Report on sanitation, dispensaries, and jails in Rajputana for 1912, and on vaccination for the year 1912-1913 - 1912-1913
Year: 1912
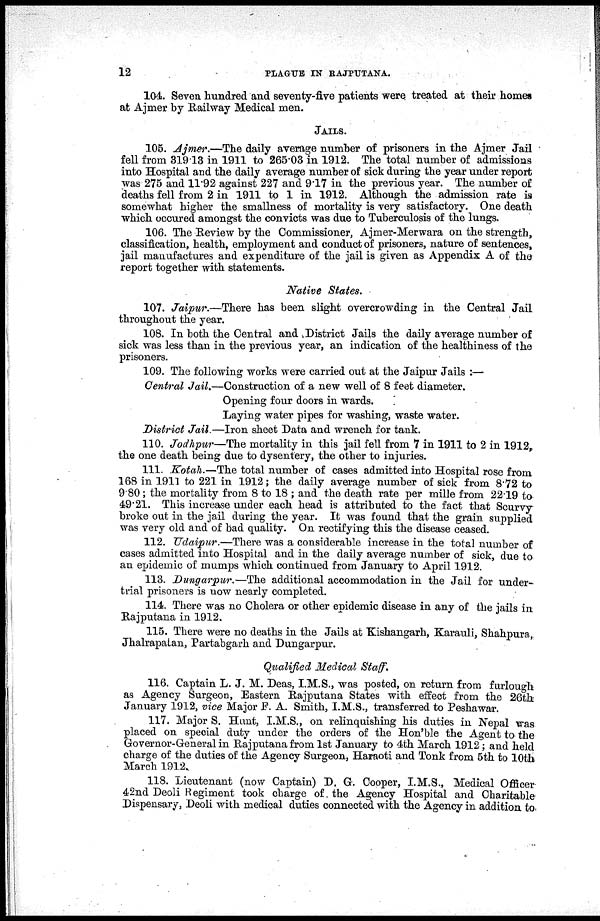
12
PLAGUE IN RAJPUTANA.
104. Seven hundred and seventy-five patients were treated at their homes
at Ajmer by Railway Medical men.
JAILS.
105. Ajmer.—The daily average number of prisoners in the Ajmer Jail
fell from 319.13 in 1911 to 265.03 in 1912. The total number of admissions
into Hospital and the daily average number of sick during the year under report
was 275 and 11.92 against 227 and 9.17 in the previous year. The number of
deaths fell from 2 in 1911 to 1 in 1912. Although the admission rate is
somewhat higher the smallness of mortality is very satisfactory. One death
which occured amongst the convicts was due to Tuberculosis of the lungs.
106. The Review by the Commissioner, Ajmer-Merwara on the strength,
classification, health, employment and conduct of prisoners, nature of sentences,
jail manufactures and expenditure of the jail is given as Appendix A of the
report together with statements.
Native States.
107. Jaipur.—There has been slight overcrowding in the Central Jail
throughout the year.
108. In both the Central and District Jails the daily average number of
sick was less than in the previous year, an indication of the healthiness of the
prisoners.
109. The following works were carried out at the Jaipur Jails :—
Central Jail.—Construction of a new well of 8 feet diameter.
Opening four doors in wards.
Laying water pipes for washing, waste water.
District Jail.—Iron sheet Data and wrench for tank.
110. Jodhpur—The mortality in this jail fell from 7 in 1911 to 2 in 1912,
the one death being due to dysentery, the other to injuries.
111. Kotah.—The total number of cases admitted into Hospital rose from
168 in 1911 to 221 in 1912; the daily average number of sick from 8.72 to
9.80; the mortality from 8 to 18 ; and the death rate per mille from 22.19 to
49.21. This increase under each head is attributed to the fact that Scurvy
broke out in the jail during the year. It was found that the grain supplied
was very old and of bad quality. On rectifying this the disease ceased.
112. Udaipur.—There was a considerable increase in the total number of
cases admitted into Hospital and in the daily average number of sick, due to
an epidemic of mumps which continued from January to April 1912.
113. Dungarpur.—The additional accommodation in the Jail for under-
trial prisoners is now nearly completed.
114. There was no Cholera or other epidemic disease in any of the jails in
Rajputana in 1912.
115. There were no deaths in the Jails at Kishangarh, Karauli, Shahpura,
Jhalrapatan, Partabgarh and Dungarpur.
Qualified Medical Staff.
116. Captain L. J. M. Deas, I.M.S., was posted, on return from furlough
as Agency Surgeon, Eastern Rajputana States with effect from the 26th.
January 1912, vice Major F. A. Smith, I.M.S., transferred to Peshawar.
117. Major S. Hunt, I.M.S., on relinquishing his duties in Nepal was
placed on special duty under the orders of the Hon'ble the Agent to the
Governor-General in Rajputana from 1st January to 4th March 1912; and held
charge of the duties of the Agency Surgeon, Haraoti and Tonk from 5th to 10th
March 1912.
118. Lieutenant (now Captain) D. G. Cooper, I.M.S., Medical Officer
42nd Deoli Regiment took charge of the Agency Hospital and Charitable
Dispensary, Deoli with medical duties connected with the Agency in addition to